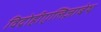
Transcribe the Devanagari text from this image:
विद्रोहीएलिज़ाबेथ